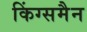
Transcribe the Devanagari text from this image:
किंग्समैन